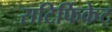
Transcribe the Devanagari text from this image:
सटिर्फिकेट